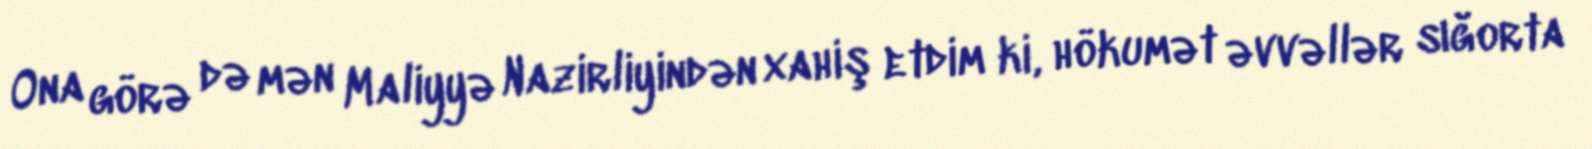
Ona görə də mən Maliyyə Nazirliyindən xahiş etdim ki, hökumət əvvəllər sığorta